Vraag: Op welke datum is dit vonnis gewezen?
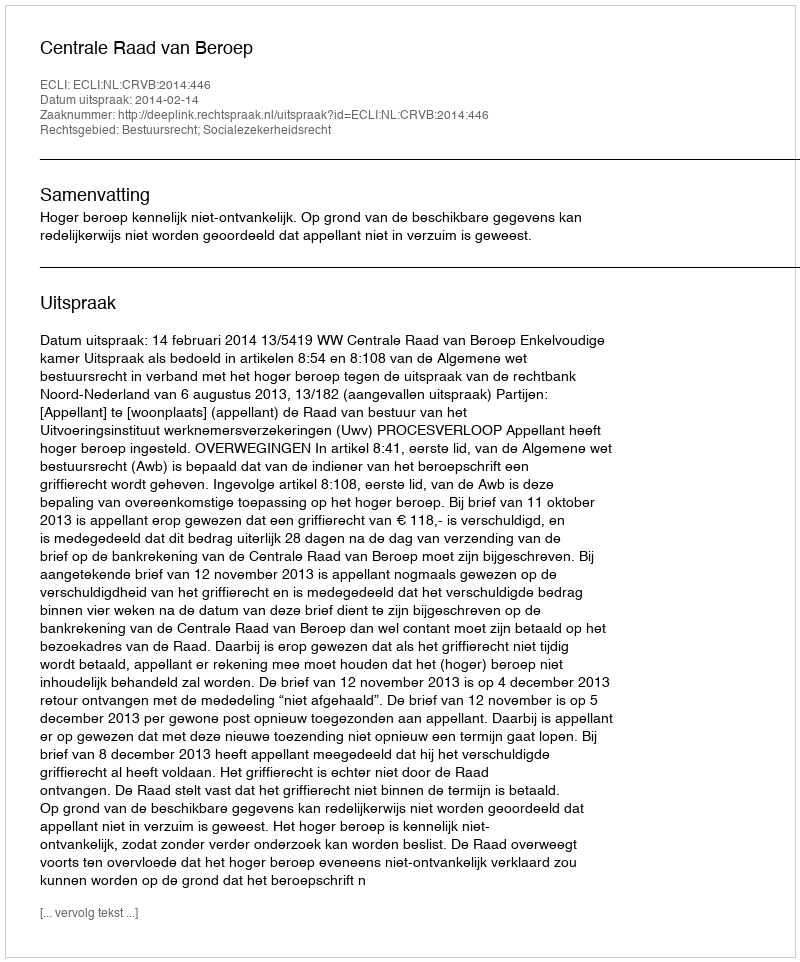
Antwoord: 2014-02-14